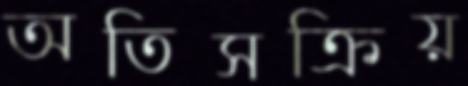
অতিসক্রিয়